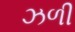
ઝળી